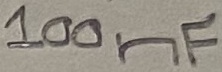
Text: 100nF